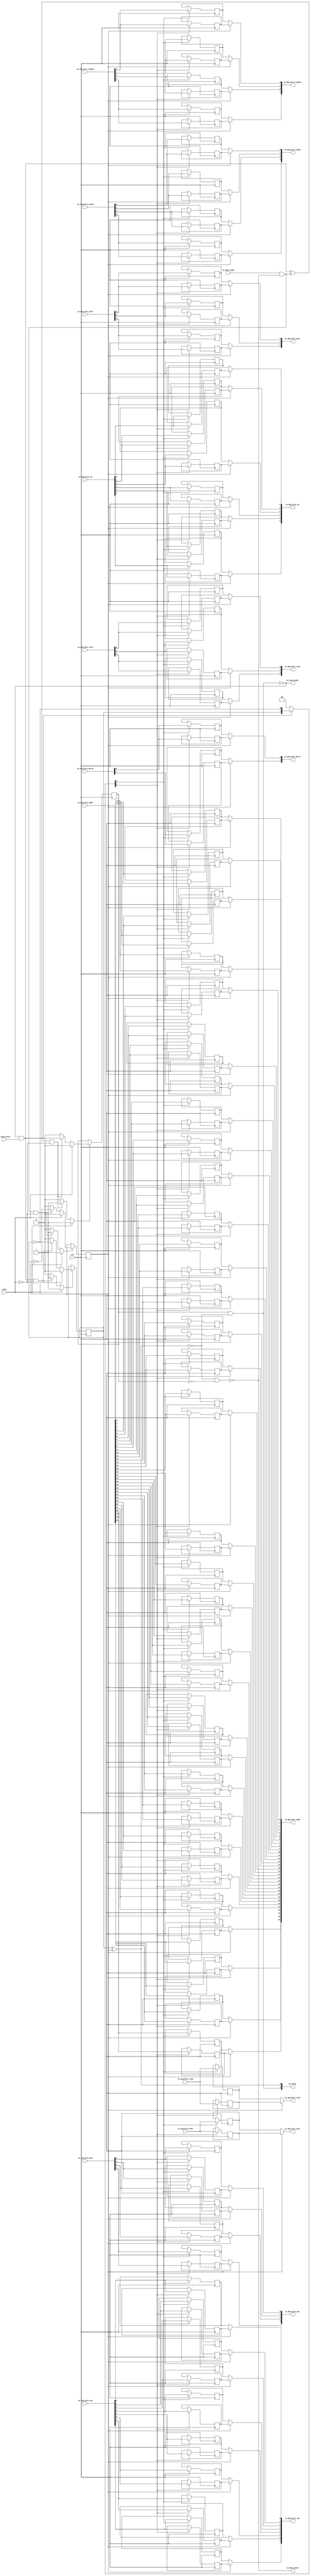
module Queue_2
(
  clk,
  reset,
  io_enq_ready,
  io_enq_valid,
  io_enq_bits_addr,
  io_enq_bits_len,
  io_enq_bits_size,
  io_enq_bits_burst,
  io_enq_bits_lock,
  io_enq_bits_cache,
  io_enq_bits_prot,
  io_enq_bits_qos,
  io_enq_bits_region,
  io_enq_bits_id,
  io_enq_bits_user,
  io_deq_ready,
  io_deq_valid,
  io_deq_bits_addr,
  io_deq_bits_len,
  io_deq_bits_size,
  io_deq_bits_burst,
  io_deq_bits_lock,
  io_deq_bits_cache,
  io_deq_bits_prot,
  io_deq_bits_qos,
  io_deq_bits_region,
  io_deq_bits_id,
  io_deq_bits_user,
  io_count
);

  input [31:0] io_enq_bits_addr;
  input [7:0] io_enq_bits_len;
  input [2:0] io_enq_bits_size;
  input [1:0] io_enq_bits_burst;
  input [3:0] io_enq_bits_cache;
  input [2:0] io_enq_bits_prot;
  input [3:0] io_enq_bits_qos;
  input [3:0] io_enq_bits_region;
  input [5:0] io_enq_bits_id;
  output [31:0] io_deq_bits_addr;
  output [7:0] io_deq_bits_len;
  output [2:0] io_deq_bits_size;
  output [1:0] io_deq_bits_burst;
  output [3:0] io_deq_bits_cache;
  output [2:0] io_deq_bits_prot;
  output [3:0] io_deq_bits_qos;
  output [3:0] io_deq_bits_region;
  output [5:0] io_deq_bits_id;
  output [1:0] io_count;
  input clk;
  input reset;
  input io_enq_valid;
  input io_enq_bits_lock;
  input io_enq_bits_user;
  input io_deq_ready;
  output io_enq_ready;
  output io_deq_valid;
  output io_deq_bits_lock;
  output io_deq_bits_user;
  wire [31:0] io_deq_bits_addr;
  wire [7:0] io_deq_bits_len;
  wire [2:0] io_deq_bits_size,io_deq_bits_prot;
  wire [1:0] io_deq_bits_burst,io_count;
  wire [3:0] io_deq_bits_cache,io_deq_bits_qos,io_deq_bits_region;
  wire [5:0] io_deq_bits_id;
  wire io_enq_ready,io_deq_valid,io_deq_bits_lock,io_deq_bits_user,N0,N1,N2,N3,N4,
  do_deq,T3,do_enq,T6,ptr_match,T9,N5,empty,T35,full,N6,N7,N8,N9,N10,N11,N12,N13,N14,
  N15,N16,N17,N18,N19,N21,N22,N23,N24,N25,N26;
  reg R1,N20,maybe_full;
  reg [135:0] ram;
  assign N0 = N20 ^ R1;
  assign ptr_match = ~N0;
  assign T9 = do_enq ^ do_deq;
  assign io_deq_bits_addr[31] = (N5)? ram[67] : 
                                (N1)? ram[135] : 1'b0;
  assign N1 = R1;
  assign io_deq_bits_addr[30] = (N5)? ram[66] : 
                                (N1)? ram[134] : 1'b0;
  assign io_deq_bits_addr[29] = (N5)? ram[65] : 
                                (N1)? ram[133] : 1'b0;
  assign io_deq_bits_addr[28] = (N5)? ram[64] : 
                                (N1)? ram[132] : 1'b0;
  assign io_deq_bits_addr[27] = (N5)? ram[63] : 
                                (N1)? ram[131] : 1'b0;
  assign io_deq_bits_addr[26] = (N5)? ram[62] : 
                                (N1)? ram[130] : 1'b0;
  assign io_deq_bits_addr[25] = (N5)? ram[61] : 
                                (N1)? ram[129] : 1'b0;
  assign io_deq_bits_addr[24] = (N5)? ram[60] : 
                                (N1)? ram[128] : 1'b0;
  assign io_deq_bits_addr[23] = (N5)? ram[59] : 
                                (N1)? ram[127] : 1'b0;
  assign io_deq_bits_addr[22] = (N5)? ram[58] : 
                                (N1)? ram[126] : 1'b0;
  assign io_deq_bits_addr[21] = (N5)? ram[57] : 
                                (N1)? ram[125] : 1'b0;
  assign io_deq_bits_addr[20] = (N5)? ram[56] : 
                                (N1)? ram[124] : 1'b0;
  assign io_deq_bits_addr[19] = (N5)? ram[55] : 
                                (N1)? ram[123] : 1'b0;
  assign io_deq_bits_addr[18] = (N5)? ram[54] : 
                                (N1)? ram[122] : 1'b0;
  assign io_deq_bits_addr[17] = (N5)? ram[53] : 
                                (N1)? ram[121] : 1'b0;
  assign io_deq_bits_addr[16] = (N5)? ram[52] : 
                                (N1)? ram[120] : 1'b0;
  assign io_deq_bits_addr[15] = (N5)? ram[51] : 
                                (N1)? ram[119] : 1'b0;
  assign io_deq_bits_addr[14] = (N5)? ram[50] : 
                                (N1)? ram[118] : 1'b0;
  assign io_deq_bits_addr[13] = (N5)? ram[49] : 
                                (N1)? ram[117] : 1'b0;
  assign io_deq_bits_addr[12] = (N5)? ram[48] : 
                                (N1)? ram[116] : 1'b0;
  assign io_deq_bits_addr[11] = (N5)? ram[47] : 
                                (N1)? ram[115] : 1'b0;
  assign io_deq_bits_addr[10] = (N5)? ram[46] : 
                                (N1)? ram[114] : 1'b0;
  assign io_deq_bits_addr[9] = (N5)? ram[45] : 
                               (N1)? ram[113] : 1'b0;
  assign io_deq_bits_addr[8] = (N5)? ram[44] : 
                               (N1)? ram[112] : 1'b0;
  assign io_deq_bits_addr[7] = (N5)? ram[43] : 
                               (N1)? ram[111] : 1'b0;
  assign io_deq_bits_addr[6] = (N5)? ram[42] : 
                               (N1)? ram[110] : 1'b0;
  assign io_deq_bits_addr[5] = (N5)? ram[41] : 
                               (N1)? ram[109] : 1'b0;
  assign io_deq_bits_addr[4] = (N5)? ram[40] : 
                               (N1)? ram[108] : 1'b0;
  assign io_deq_bits_addr[3] = (N5)? ram[39] : 
                               (N1)? ram[107] : 1'b0;
  assign io_deq_bits_addr[2] = (N5)? ram[38] : 
                               (N1)? ram[106] : 1'b0;
  assign io_deq_bits_addr[1] = (N5)? ram[37] : 
                               (N1)? ram[105] : 1'b0;
  assign io_deq_bits_addr[0] = (N5)? ram[36] : 
                               (N1)? ram[104] : 1'b0;
  assign io_deq_bits_len[7] = (N5)? ram[35] : 
                              (N1)? ram[103] : 1'b0;
  assign io_deq_bits_len[6] = (N5)? ram[34] : 
                              (N1)? ram[102] : 1'b0;
  assign io_deq_bits_len[5] = (N5)? ram[33] : 
                              (N1)? ram[101] : 1'b0;
  assign io_deq_bits_len[4] = (N5)? ram[32] : 
                              (N1)? ram[100] : 1'b0;
  assign io_deq_bits_len[3] = (N5)? ram[31] : 
                              (N1)? ram[99] : 1'b0;
  assign io_deq_bits_len[2] = (N5)? ram[30] : 
                              (N1)? ram[98] : 1'b0;
  assign io_deq_bits_len[1] = (N5)? ram[29] : 
                              (N1)? ram[97] : 1'b0;
  assign io_deq_bits_len[0] = (N5)? ram[28] : 
                              (N1)? ram[96] : 1'b0;
  assign io_deq_bits_size[2] = (N5)? ram[27] : 
                               (N1)? ram[95] : 1'b0;
  assign io_deq_bits_size[1] = (N5)? ram[26] : 
                               (N1)? ram[94] : 1'b0;
  assign io_deq_bits_size[0] = (N5)? ram[25] : 
                               (N1)? ram[93] : 1'b0;
  assign io_deq_bits_burst[1] = (N5)? ram[24] : 
                                (N1)? ram[92] : 1'b0;
  assign io_deq_bits_burst[0] = (N5)? ram[23] : 
                                (N1)? ram[91] : 1'b0;
  assign io_deq_bits_lock = (N5)? ram[22] : 
                            (N1)? ram[90] : 1'b0;
  assign io_deq_bits_cache[3] = (N5)? ram[21] : 
                                (N1)? ram[89] : 1'b0;
  assign io_deq_bits_cache[2] = (N5)? ram[20] : 
                                (N1)? ram[88] : 1'b0;
  assign io_deq_bits_cache[1] = (N5)? ram[19] : 
                                (N1)? ram[87] : 1'b0;
  assign io_deq_bits_cache[0] = (N5)? ram[18] : 
                                (N1)? ram[86] : 1'b0;
  assign io_deq_bits_prot[2] = (N5)? ram[17] : 
                               (N1)? ram[85] : 1'b0;
  assign io_deq_bits_prot[1] = (N5)? ram[16] : 
                               (N1)? ram[84] : 1'b0;
  assign io_deq_bits_prot[0] = (N5)? ram[15] : 
                               (N1)? ram[83] : 1'b0;
  assign io_deq_bits_qos[3] = (N5)? ram[14] : 
                              (N1)? ram[82] : 1'b0;
  assign io_deq_bits_qos[2] = (N5)? ram[13] : 
                              (N1)? ram[81] : 1'b0;
  assign io_deq_bits_qos[1] = (N5)? ram[12] : 
                              (N1)? ram[80] : 1'b0;
  assign io_deq_bits_qos[0] = (N5)? ram[11] : 
                              (N1)? ram[79] : 1'b0;
  assign io_deq_bits_region[3] = (N5)? ram[10] : 
                                 (N1)? ram[78] : 1'b0;
  assign io_deq_bits_region[2] = (N5)? ram[9] : 
                                 (N1)? ram[77] : 1'b0;
  assign io_deq_bits_region[1] = (N5)? ram[8] : 
                                 (N1)? ram[76] : 1'b0;
  assign io_deq_bits_region[0] = (N5)? ram[7] : 
                                 (N1)? ram[75] : 1'b0;
  assign io_deq_bits_id[5] = (N5)? ram[6] : 
                             (N1)? ram[74] : 1'b0;
  assign io_deq_bits_id[4] = (N5)? ram[5] : 
                             (N1)? ram[73] : 1'b0;
  assign io_deq_bits_id[3] = (N5)? ram[4] : 
                             (N1)? ram[72] : 1'b0;
  assign io_deq_bits_id[2] = (N5)? ram[3] : 
                             (N1)? ram[71] : 1'b0;
  assign io_deq_bits_id[1] = (N5)? ram[2] : 
                             (N1)? ram[70] : 1'b0;
  assign io_deq_bits_id[0] = (N5)? ram[1] : 
                             (N1)? ram[69] : 1'b0;
  assign io_deq_bits_user = (N5)? ram[0] : 
                            (N1)? ram[68] : 1'b0;

  always @(posedge clk) begin
    if(N8) begin
      R1 <= N9;
    end 
  end


  always @(posedge clk) begin
    if(N12) begin
      N20 <= N13;
    end 
  end


  always @(posedge clk) begin
    if(N16) begin
      maybe_full <= N17;
    end 
  end


  always @(posedge clk) begin
    if(N22) begin
      ram[135] <= io_enq_bits_addr[31];
    end 
  end


  always @(posedge clk) begin
    if(N22) begin
      ram[134] <= io_enq_bits_addr[30];
    end 
  end


  always @(posedge clk) begin
    if(N22) begin
      ram[133] <= io_enq_bits_addr[29];
    end 
  end


  always @(posedge clk) begin
    if(N22) begin
      ram[132] <= io_enq_bits_addr[28];
    end 
  end


  always @(posedge clk) begin
    if(N22) begin
      ram[131] <= io_enq_bits_addr[27];
    end 
  end


  always @(posedge clk) begin
    if(N22) begin
      ram[130] <= io_enq_bits_addr[26];
    end 
  end


  always @(posedge clk) begin
    if(N22) begin
      ram[129] <= io_enq_bits_addr[25];
    end 
  end


  always @(posedge clk) begin
    if(N22) begin
      ram[128] <= io_enq_bits_addr[24];
    end 
  end


  always @(posedge clk) begin
    if(N22) begin
      ram[127] <= io_enq_bits_addr[23];
    end 
  end


  always @(posedge clk) begin
    if(N22) begin
      ram[126] <= io_enq_bits_addr[22];
    end 
  end


  always @(posedge clk) begin
    if(N22) begin
      ram[125] <= io_enq_bits_addr[21];
    end 
  end


  always @(posedge clk) begin
    if(N22) begin
      ram[124] <= io_enq_bits_addr[20];
    end 
  end


  always @(posedge clk) begin
    if(N22) begin
      ram[123] <= io_enq_bits_addr[19];
    end 
  end


  always @(posedge clk) begin
    if(N22) begin
      ram[122] <= io_enq_bits_addr[18];
    end 
  end


  always @(posedge clk) begin
    if(N22) begin
      ram[121] <= io_enq_bits_addr[17];
    end 
  end


  always @(posedge clk) begin
    if(N22) begin
      ram[120] <= io_enq_bits_addr[16];
    end 
  end


  always @(posedge clk) begin
    if(N22) begin
      ram[119] <= io_enq_bits_addr[15];
    end 
  end


  always @(posedge clk) begin
    if(N22) begin
      ram[118] <= io_enq_bits_addr[14];
    end 
  end


  always @(posedge clk) begin
    if(N22) begin
      ram[117] <= io_enq_bits_addr[13];
    end 
  end


  always @(posedge clk) begin
    if(N22) begin
      ram[116] <= io_enq_bits_addr[12];
    end 
  end


  always @(posedge clk) begin
    if(N22) begin
      ram[115] <= io_enq_bits_addr[11];
    end 
  end


  always @(posedge clk) begin
    if(N22) begin
      ram[114] <= io_enq_bits_addr[10];
    end 
  end


  always @(posedge clk) begin
    if(N22) begin
      ram[113] <= io_enq_bits_addr[9];
    end 
  end


  always @(posedge clk) begin
    if(N22) begin
      ram[112] <= io_enq_bits_addr[8];
    end 
  end


  always @(posedge clk) begin
    if(N22) begin
      ram[111] <= io_enq_bits_addr[7];
    end 
  end


  always @(posedge clk) begin
    if(N22) begin
      ram[110] <= io_enq_bits_addr[6];
    end 
  end


  always @(posedge clk) begin
    if(N22) begin
      ram[109] <= io_enq_bits_addr[5];
    end 
  end


  always @(posedge clk) begin
    if(N22) begin
      ram[108] <= io_enq_bits_addr[4];
    end 
  end


  always @(posedge clk) begin
    if(N22) begin
      ram[107] <= io_enq_bits_addr[3];
    end 
  end


  always @(posedge clk) begin
    if(N22) begin
      ram[106] <= io_enq_bits_addr[2];
    end 
  end


  always @(posedge clk) begin
    if(N22) begin
      ram[105] <= io_enq_bits_addr[1];
    end 
  end


  always @(posedge clk) begin
    if(N22) begin
      ram[104] <= io_enq_bits_addr[0];
    end 
  end


  always @(posedge clk) begin
    if(N22) begin
      ram[103] <= io_enq_bits_len[7];
    end 
  end


  always @(posedge clk) begin
    if(N22) begin
      ram[102] <= io_enq_bits_len[6];
    end 
  end


  always @(posedge clk) begin
    if(N22) begin
      ram[101] <= io_enq_bits_len[5];
    end 
  end


  always @(posedge clk) begin
    if(N22) begin
      ram[100] <= io_enq_bits_len[4];
    end 
  end


  always @(posedge clk) begin
    if(N22) begin
      ram[99] <= io_enq_bits_len[3];
    end 
  end


  always @(posedge clk) begin
    if(N22) begin
      ram[98] <= io_enq_bits_len[2];
    end 
  end


  always @(posedge clk) begin
    if(N22) begin
      ram[97] <= io_enq_bits_len[1];
    end 
  end


  always @(posedge clk) begin
    if(N22) begin
      ram[96] <= io_enq_bits_len[0];
    end 
  end


  always @(posedge clk) begin
    if(N22) begin
      ram[95] <= io_enq_bits_size[2];
    end 
  end


  always @(posedge clk) begin
    if(N22) begin
      ram[94] <= io_enq_bits_size[1];
    end 
  end


  always @(posedge clk) begin
    if(N22) begin
      ram[93] <= io_enq_bits_size[0];
    end 
  end


  always @(posedge clk) begin
    if(N22) begin
      ram[92] <= io_enq_bits_burst[1];
    end 
  end


  always @(posedge clk) begin
    if(N22) begin
      ram[91] <= io_enq_bits_burst[0];
    end 
  end


  always @(posedge clk) begin
    if(N22) begin
      ram[90] <= io_enq_bits_lock;
    end 
  end


  always @(posedge clk) begin
    if(N22) begin
      ram[89] <= io_enq_bits_cache[3];
    end 
  end


  always @(posedge clk) begin
    if(N22) begin
      ram[88] <= io_enq_bits_cache[2];
    end 
  end


  always @(posedge clk) begin
    if(N22) begin
      ram[87] <= io_enq_bits_cache[1];
    end 
  end


  always @(posedge clk) begin
    if(N22) begin
      ram[86] <= io_enq_bits_cache[0];
    end 
  end


  always @(posedge clk) begin
    if(N22) begin
      ram[85] <= io_enq_bits_prot[2];
    end 
  end


  always @(posedge clk) begin
    if(N22) begin
      ram[84] <= io_enq_bits_prot[1];
    end 
  end


  always @(posedge clk) begin
    if(N22) begin
      ram[83] <= io_enq_bits_prot[0];
    end 
  end


  always @(posedge clk) begin
    if(N22) begin
      ram[82] <= io_enq_bits_qos[3];
    end 
  end


  always @(posedge clk) begin
    if(N22) begin
      ram[81] <= io_enq_bits_qos[2];
    end 
  end


  always @(posedge clk) begin
    if(N22) begin
      ram[80] <= io_enq_bits_qos[1];
    end 
  end


  always @(posedge clk) begin
    if(N22) begin
      ram[79] <= io_enq_bits_qos[0];
    end 
  end


  always @(posedge clk) begin
    if(N22) begin
      ram[78] <= io_enq_bits_region[3];
    end 
  end


  always @(posedge clk) begin
    if(N22) begin
      ram[77] <= io_enq_bits_region[2];
    end 
  end


  always @(posedge clk) begin
    if(N22) begin
      ram[76] <= io_enq_bits_region[1];
    end 
  end


  always @(posedge clk) begin
    if(N22) begin
      ram[75] <= io_enq_bits_region[0];
    end 
  end


  always @(posedge clk) begin
    if(N22) begin
      ram[74] <= io_enq_bits_id[5];
    end 
  end


  always @(posedge clk) begin
    if(N22) begin
      ram[73] <= io_enq_bits_id[4];
    end 
  end


  always @(posedge clk) begin
    if(N22) begin
      ram[72] <= io_enq_bits_id[3];
    end 
  end


  always @(posedge clk) begin
    if(N22) begin
      ram[71] <= io_enq_bits_id[2];
    end 
  end


  always @(posedge clk) begin
    if(N22) begin
      ram[70] <= io_enq_bits_id[1];
    end 
  end


  always @(posedge clk) begin
    if(N22) begin
      ram[69] <= io_enq_bits_id[0];
    end 
  end


  always @(posedge clk) begin
    if(N22) begin
      ram[68] <= io_enq_bits_user;
    end 
  end


  always @(posedge clk) begin
    if(N21) begin
      ram[67] <= io_enq_bits_addr[31];
    end 
  end


  always @(posedge clk) begin
    if(N21) begin
      ram[66] <= io_enq_bits_addr[30];
    end 
  end


  always @(posedge clk) begin
    if(N21) begin
      ram[65] <= io_enq_bits_addr[29];
    end 
  end


  always @(posedge clk) begin
    if(N21) begin
      ram[64] <= io_enq_bits_addr[28];
    end 
  end


  always @(posedge clk) begin
    if(N21) begin
      ram[63] <= io_enq_bits_addr[27];
    end 
  end


  always @(posedge clk) begin
    if(N21) begin
      ram[62] <= io_enq_bits_addr[26];
    end 
  end


  always @(posedge clk) begin
    if(N21) begin
      ram[61] <= io_enq_bits_addr[25];
    end 
  end


  always @(posedge clk) begin
    if(N21) begin
      ram[60] <= io_enq_bits_addr[24];
    end 
  end


  always @(posedge clk) begin
    if(N21) begin
      ram[59] <= io_enq_bits_addr[23];
    end 
  end


  always @(posedge clk) begin
    if(N21) begin
      ram[58] <= io_enq_bits_addr[22];
    end 
  end


  always @(posedge clk) begin
    if(N21) begin
      ram[57] <= io_enq_bits_addr[21];
    end 
  end


  always @(posedge clk) begin
    if(N21) begin
      ram[56] <= io_enq_bits_addr[20];
    end 
  end


  always @(posedge clk) begin
    if(N21) begin
      ram[55] <= io_enq_bits_addr[19];
    end 
  end


  always @(posedge clk) begin
    if(N21) begin
      ram[54] <= io_enq_bits_addr[18];
    end 
  end


  always @(posedge clk) begin
    if(N21) begin
      ram[53] <= io_enq_bits_addr[17];
    end 
  end


  always @(posedge clk) begin
    if(N21) begin
      ram[52] <= io_enq_bits_addr[16];
    end 
  end


  always @(posedge clk) begin
    if(N21) begin
      ram[51] <= io_enq_bits_addr[15];
    end 
  end


  always @(posedge clk) begin
    if(N21) begin
      ram[50] <= io_enq_bits_addr[14];
    end 
  end


  always @(posedge clk) begin
    if(N21) begin
      ram[49] <= io_enq_bits_addr[13];
    end 
  end


  always @(posedge clk) begin
    if(N21) begin
      ram[48] <= io_enq_bits_addr[12];
    end 
  end


  always @(posedge clk) begin
    if(N21) begin
      ram[47] <= io_enq_bits_addr[11];
    end 
  end


  always @(posedge clk) begin
    if(N21) begin
      ram[46] <= io_enq_bits_addr[10];
    end 
  end


  always @(posedge clk) begin
    if(N21) begin
      ram[45] <= io_enq_bits_addr[9];
    end 
  end


  always @(posedge clk) begin
    if(N21) begin
      ram[44] <= io_enq_bits_addr[8];
    end 
  end


  always @(posedge clk) begin
    if(N21) begin
      ram[43] <= io_enq_bits_addr[7];
    end 
  end


  always @(posedge clk) begin
    if(N21) begin
      ram[42] <= io_enq_bits_addr[6];
    end 
  end


  always @(posedge clk) begin
    if(N21) begin
      ram[41] <= io_enq_bits_addr[5];
    end 
  end


  always @(posedge clk) begin
    if(N21) begin
      ram[40] <= io_enq_bits_addr[4];
    end 
  end


  always @(posedge clk) begin
    if(N21) begin
      ram[39] <= io_enq_bits_addr[3];
    end 
  end


  always @(posedge clk) begin
    if(N21) begin
      ram[38] <= io_enq_bits_addr[2];
    end 
  end


  always @(posedge clk) begin
    if(N21) begin
      ram[37] <= io_enq_bits_addr[1];
    end 
  end


  always @(posedge clk) begin
    if(N21) begin
      ram[36] <= io_enq_bits_addr[0];
    end 
  end


  always @(posedge clk) begin
    if(N21) begin
      ram[35] <= io_enq_bits_len[7];
    end 
  end


  always @(posedge clk) begin
    if(N21) begin
      ram[34] <= io_enq_bits_len[6];
    end 
  end


  always @(posedge clk) begin
    if(N21) begin
      ram[33] <= io_enq_bits_len[5];
    end 
  end


  always @(posedge clk) begin
    if(N21) begin
      ram[32] <= io_enq_bits_len[4];
    end 
  end


  always @(posedge clk) begin
    if(N21) begin
      ram[31] <= io_enq_bits_len[3];
    end 
  end


  always @(posedge clk) begin
    if(N21) begin
      ram[30] <= io_enq_bits_len[2];
    end 
  end


  always @(posedge clk) begin
    if(N21) begin
      ram[29] <= io_enq_bits_len[1];
    end 
  end


  always @(posedge clk) begin
    if(N21) begin
      ram[28] <= io_enq_bits_len[0];
    end 
  end


  always @(posedge clk) begin
    if(N21) begin
      ram[27] <= io_enq_bits_size[2];
    end 
  end


  always @(posedge clk) begin
    if(N21) begin
      ram[26] <= io_enq_bits_size[1];
    end 
  end


  always @(posedge clk) begin
    if(N21) begin
      ram[25] <= io_enq_bits_size[0];
    end 
  end


  always @(posedge clk) begin
    if(N21) begin
      ram[24] <= io_enq_bits_burst[1];
    end 
  end


  always @(posedge clk) begin
    if(N21) begin
      ram[23] <= io_enq_bits_burst[0];
    end 
  end


  always @(posedge clk) begin
    if(N21) begin
      ram[22] <= io_enq_bits_lock;
    end 
  end


  always @(posedge clk) begin
    if(N21) begin
      ram[21] <= io_enq_bits_cache[3];
    end 
  end


  always @(posedge clk) begin
    if(N21) begin
      ram[20] <= io_enq_bits_cache[2];
    end 
  end


  always @(posedge clk) begin
    if(N21) begin
      ram[19] <= io_enq_bits_cache[1];
    end 
  end


  always @(posedge clk) begin
    if(N21) begin
      ram[18] <= io_enq_bits_cache[0];
    end 
  end


  always @(posedge clk) begin
    if(N21) begin
      ram[17] <= io_enq_bits_prot[2];
    end 
  end


  always @(posedge clk) begin
    if(N21) begin
      ram[16] <= io_enq_bits_prot[1];
    end 
  end


  always @(posedge clk) begin
    if(N21) begin
      ram[15] <= io_enq_bits_prot[0];
    end 
  end


  always @(posedge clk) begin
    if(N21) begin
      ram[14] <= io_enq_bits_qos[3];
    end 
  end


  always @(posedge clk) begin
    if(N21) begin
      ram[13] <= io_enq_bits_qos[2];
    end 
  end


  always @(posedge clk) begin
    if(N21) begin
      ram[12] <= io_enq_bits_qos[1];
    end 
  end


  always @(posedge clk) begin
    if(N21) begin
      ram[11] <= io_enq_bits_qos[0];
    end 
  end


  always @(posedge clk) begin
    if(N21) begin
      ram[10] <= io_enq_bits_region[3];
    end 
  end


  always @(posedge clk) begin
    if(N21) begin
      ram[9] <= io_enq_bits_region[2];
    end 
  end


  always @(posedge clk) begin
    if(N21) begin
      ram[8] <= io_enq_bits_region[1];
    end 
  end


  always @(posedge clk) begin
    if(N21) begin
      ram[7] <= io_enq_bits_region[0];
    end 
  end


  always @(posedge clk) begin
    if(N21) begin
      ram[6] <= io_enq_bits_id[5];
    end 
  end


  always @(posedge clk) begin
    if(N21) begin
      ram[5] <= io_enq_bits_id[4];
    end 
  end


  always @(posedge clk) begin
    if(N21) begin
      ram[4] <= io_enq_bits_id[3];
    end 
  end


  always @(posedge clk) begin
    if(N21) begin
      ram[3] <= io_enq_bits_id[2];
    end 
  end


  always @(posedge clk) begin
    if(N21) begin
      ram[2] <= io_enq_bits_id[1];
    end 
  end


  always @(posedge clk) begin
    if(N21) begin
      ram[1] <= io_enq_bits_id[0];
    end 
  end


  always @(posedge clk) begin
    if(N21) begin
      ram[0] <= io_enq_bits_user;
    end 
  end

  assign io_count[0] = N20 ^ R1;
  assign T3 = R1 ^ 1'b1;
  assign T6 = N20 ^ 1'b1;
  assign N19 = ~N20;
  assign N8 = (N2)? 1'b1 : 
              (N24)? 1'b1 : 
              (N7)? 1'b0 : 1'b0;
  assign N2 = reset;
  assign N9 = (N2)? 1'b0 : 
              (N24)? T3 : 1'b0;
  assign N12 = (N2)? 1'b1 : 
               (N25)? 1'b1 : 
               (N11)? 1'b0 : 1'b0;
  assign N13 = (N2)? 1'b0 : 
               (N25)? T6 : 1'b0;
  assign N16 = (N2)? 1'b1 : 
               (N26)? 1'b1 : 
               (N15)? 1'b0 : 1'b0;
  assign N17 = (N2)? 1'b0 : 
               (N26)? do_enq : 1'b0;
  assign { N22, N21 } = (N3)? { N20, N19 } : 
                        (N4)? { 1'b0, 1'b0 } : 1'b0;
  assign N3 = do_enq;
  assign N4 = N18;
  assign do_deq = io_deq_ready & io_deq_valid;
  assign do_enq = io_enq_ready & io_enq_valid;
  assign io_count[1] = maybe_full & ptr_match;
  assign N5 = ~R1;
  assign io_deq_valid = ~empty;
  assign empty = ptr_match & T35;
  assign T35 = ~maybe_full;
  assign io_enq_ready = ~full;
  assign full = ptr_match & maybe_full;
  assign N6 = do_deq | reset;
  assign N7 = ~N6;
  assign N10 = do_enq | reset;
  assign N11 = ~N10;
  assign N14 = T9 | reset;
  assign N15 = ~N14;
  assign N18 = ~do_enq;
  assign N23 = ~reset;
  assign N24 = do_deq & N23;
  assign N25 = do_enq & N23;
  assign N26 = T9 & N23;

endmodule